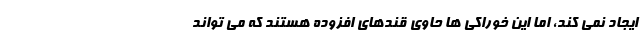
ایجاد نمی کند، اما این خوراکی ها حاوی قندهای افزوده هستند که می تواند